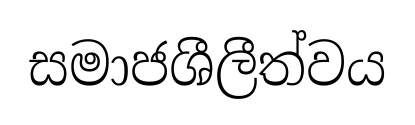
සමාජශීලීත්වය